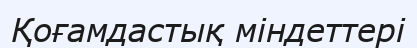
Қоғамдастық міндеттері